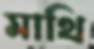
মাথি